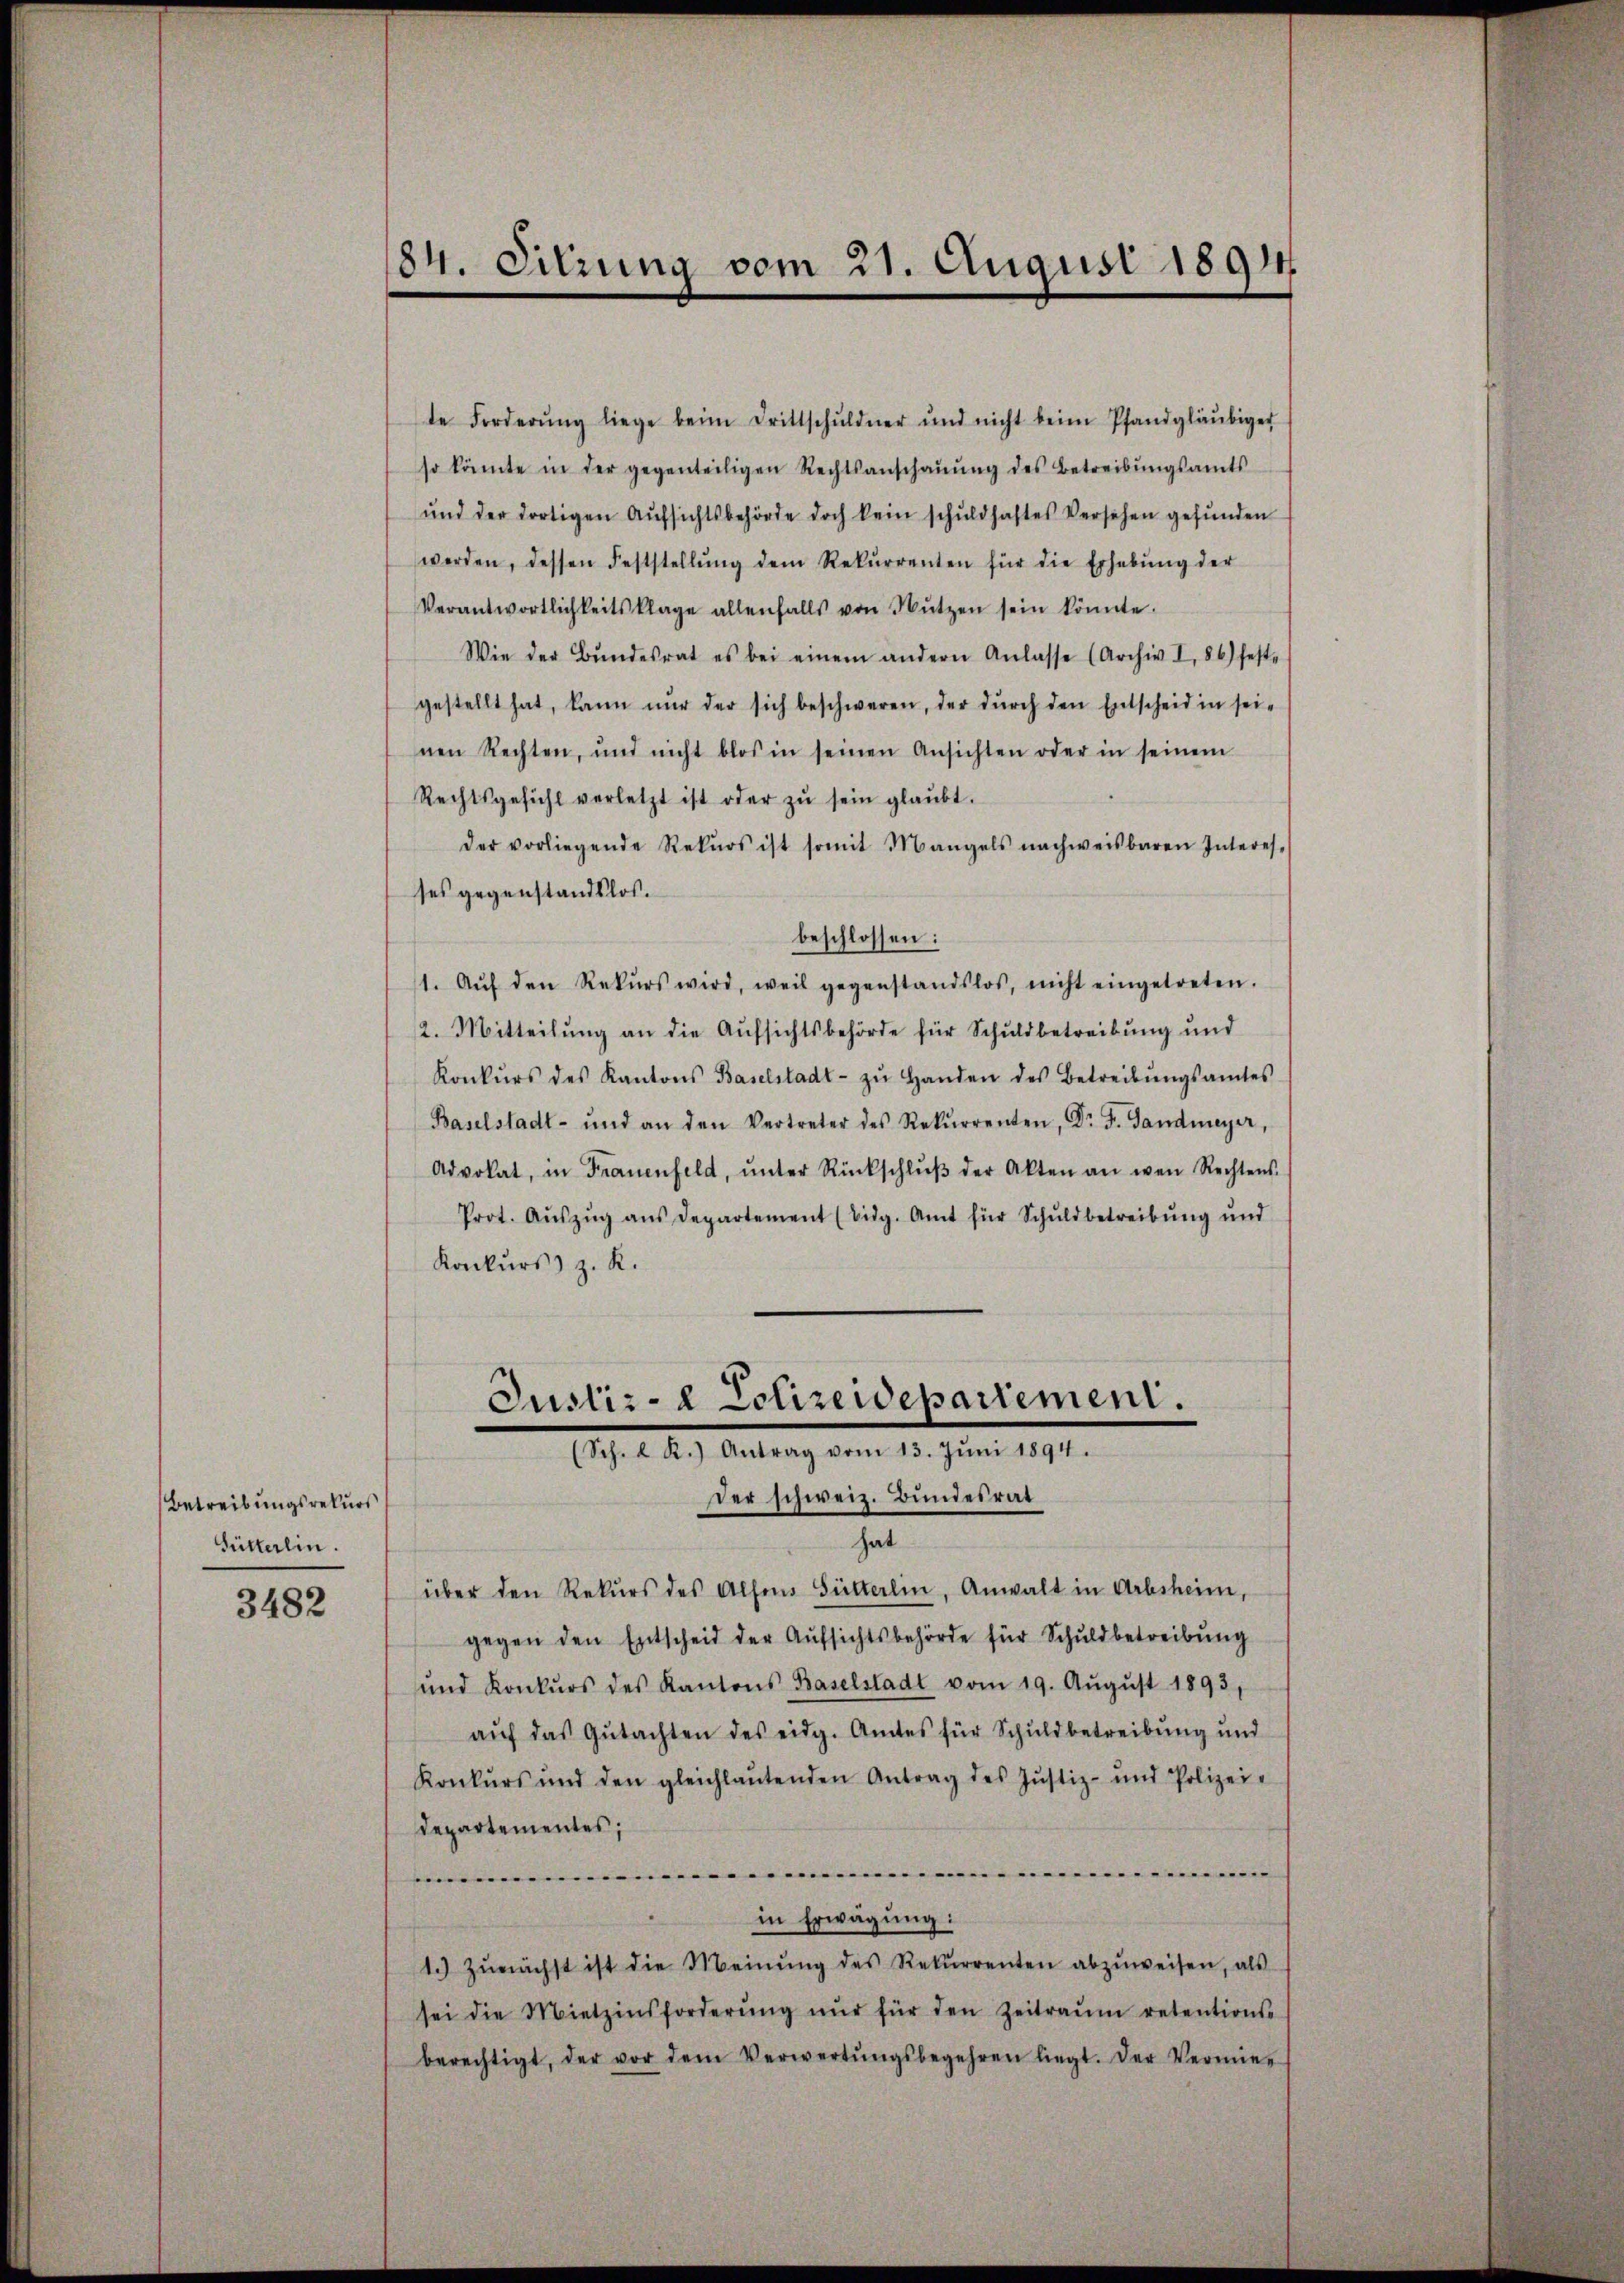
Betreibungsrekurs
Gütterlin.

3482

184. Sitzung vom 21. August 1891

te Forderŭng liege beim Drittschŭldner und nicht beim Pfandgläubiger
so könnte in der gegenteiligen Rechtsanschaŭŭng des Betreibŭngsamts
ŭnd der dortigen Aŭfsichtsbehörde doch kein schŭldhaftes Versehen gefŭnden
werden, dessen Feststellŭng dem Rekŭrrenten für die Erhebŭng der
Verantwortlichkeitsklage allenfalls von Nützen sein könnte.
Wie der Bŭndesrat es bei einem andern Anlasse (Archiv I, 86) feste
gestellt hat, kann nŭr der sich beschweren, der dŭrch den Entscheid in sei-
nen Rechten, und nicht blos in seinen Ansichten oder in seinem
Rechtsgefühl verletzt ist oder zŭ sein glaŭbt.
der vorliegende Rekŭrs ist somit Mangels nachweisbaren Interes-
ses gegenstandslos.
beschlossen:
1. Aŭf den Rekŭrs wird, weil gegenstandslos, nicht eingetreten.
2. Mitteilung an die Aufsichtsbehörde für Schuldbetreibung und
Konkŭrs des Kantons Baselstadt- zŭ Handen des Betreibŭngsamtes
Baselstadt- und an den Vertreter des Rekŭrrenten, Dr. F. Gandmeyer,
Advokat, in Frauenfeld, ŭnter Rückschlŭβ der Akten an wen Rechtens
Prot. Aŭszŭg ans Departement (bidg. Amt für Schŭldbetreibŭng ŭnd
Konkurs z. K.

Justiz- & Polizeidepartement.
(Sch. L. K.) Antrag vom 13. Jŭni 1894.
Der schweiz. Bundesrat

hat
über den Rekurs des Alfons Gülterlin, Anwalt in Arbsheim,
gegen den Entscheid der Aufsichtsbehörde für Schuldbetreibung
und Konkŭrs des Kantons Baselstadt vom 19. Aŭgŭst 1893,
aŭf das Gutachten des eidg. Amtes für Schuldbetreibung und
Konkurs und den gleichlaŭtenden Antrag des Justiz- und Polizei-
Departementes;
se
....
in Erwägung:
1.) Zunächst ist die Meinŭng des Rekŭrrenten abzŭweisen, als
sei die Mietzinsforderŭng nŭr für den Zeitraŭm retentions-
berechtigt, der vor dem Verwertŭngsbegehren liegt. Der Vermier